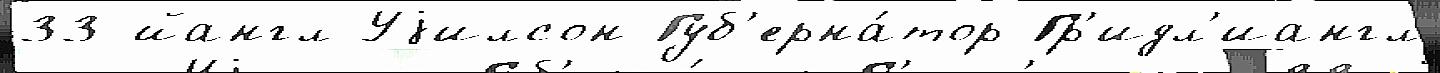
33-йангл Уjилсон Губ'ерна́тор Гр'идл'иангл